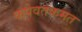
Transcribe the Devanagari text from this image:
कपेवतकमत